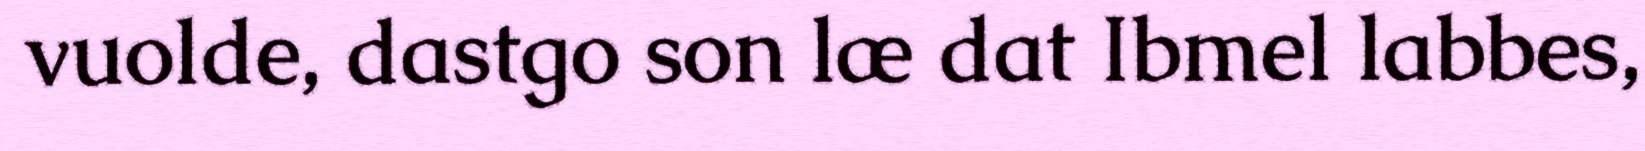
vuolde, dastgo son læ dat Ibmel labbes,